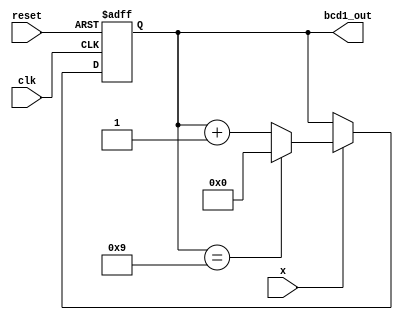
module bcd1 (clk, reset, x, bcd1_out);
  input clk, reset, x;
  output [3:0] bcd1_out;

  reg [3:0] count_reg;    // 4-bit 

  assign bcd1_out = count_reg; // count_reg

  always @(posedge clk or negedge reset) begin
    if (reset == 1'b0) begin
      /***  ***/
       count_reg <= 4'b0000;
    end else begin
      if ( x == 1'b1 ) begin  // x  1'b1 
        if ( count_reg == 4'b1001  ) begin  //  0  or 
          /***  0  ***/
           count_reg <= 4'b000;
        end else begin
          /***  ***/
	   // 0000  0001  0010  ...  1001  0000   ...
	   count_reg <= count_reg + 1;
        end  // END: if ( ) begin  //  0  or 
      end  // END: if ( ) begin  // x  1'b1 
    end  // END: if (reset == 1'b0) begin
  end  // END: always @(posedge clk or negedge reset) begin
endmodule // bcd1